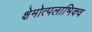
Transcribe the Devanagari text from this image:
क्षेमोत्पलाभिक्व